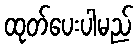
ထုတ်ပေးပါမည်